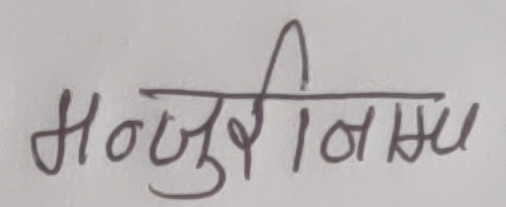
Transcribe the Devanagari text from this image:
मन्जुरीनामा